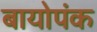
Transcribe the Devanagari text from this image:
बायोपंक